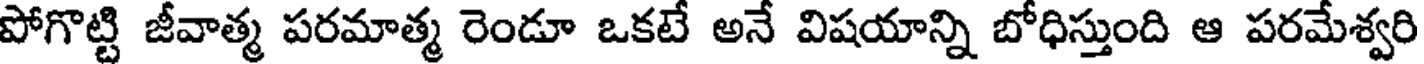
పోగొట్టి జీవాత్మ పరమాత్మ రెండూ ఒకటే అనే విషయాన్ని బోధిస్తుంది ఆ పరమేశ్వరి